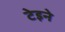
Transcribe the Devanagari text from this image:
टेइने